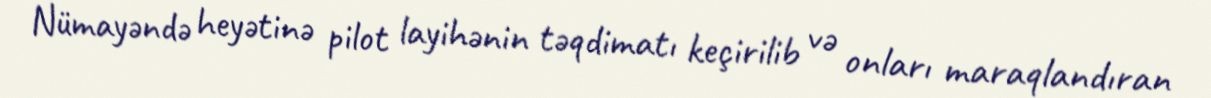
Nümayəndə heyətinə pilot layihənin təqdimatı keçirilib və onları maraqlandıran